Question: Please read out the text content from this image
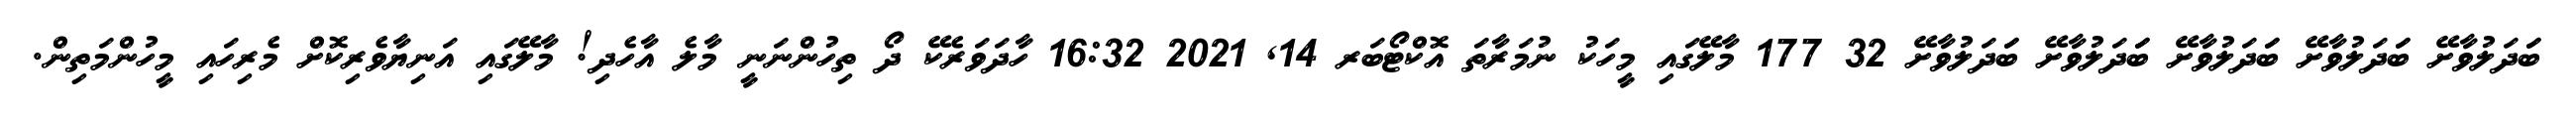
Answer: ބަަދަލުވާށޭ ބަަދަލުވާށޭ ބަަދަލުވާށޭ ބަަދަލުވާށޭ ބަަދަލުވާށޭ 32 177 މާލޭގައި މީހަކު ނުމަރާތަ އޮކްޓޯބަރ 14, 2021 16:32 ހާދަވަރެކޭ ދޯ ތިހުންނަނީ މާލެ އާހެދި! މާލޭގައި އަނިޔާވެރިކޮށް މެރިހައި މީހުންމަތިން.